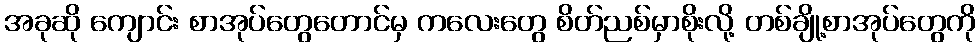
အခုဆို ကျောင်း စာအုပ်တွေတောင်မှ ကလေးတွေ စိတ်ညစ်မှာစိုးလို့ တစ်ချို့စာအုပ်တွေကို